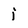
Character: i